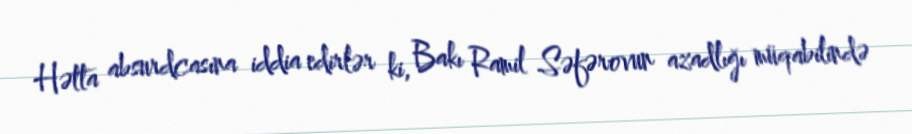
Hətta absurdcasına iddia edirlər ki, Bakı Ramil Səfərovun azadlığı müqabilində